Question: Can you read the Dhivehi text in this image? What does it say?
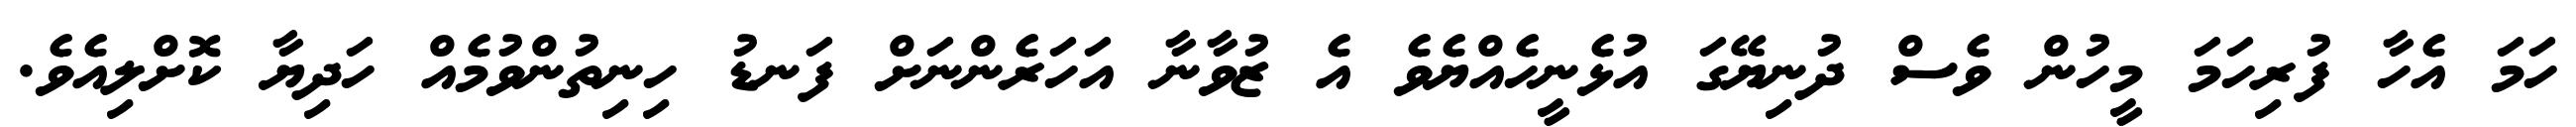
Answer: ހަމަ އެހާ ފުރިހަމަ މީހުން ވެސް ދުނިޔޭގަ އުޅެނީހެއްޔެވެ އެ ޒުވާނާ އަހަރެންނަށް ފަނޑު ހިނިތުންވުމެއް ހަދިޔާ ކޮށްލިއެވެ.